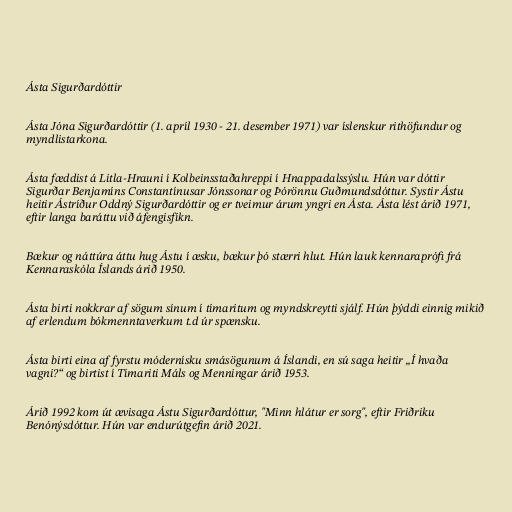
Ásta Sigurðardóttir

Ásta Jóna Sigurðardóttir (1. apríl 1930 - 21. desember 1971) var íslenskur rithöfundur og
myndlistarkona.

Ásta fæddist á Litla-Hrauni í Kolbeinsstaðahreppi í Hnappadalssýslu. Hún var dóttir
Sigurðar Benjamíns Constantínusar Jónssonar og Þórönnu Guðmundsdóttur. Systir Ástu
heitir Ástríður Oddný Sigurðardóttir og er tveimur árum yngri en Ásta. Ásta lést árið 1971,
eftir langa baráttu við áfengisfíkn.

Bækur og náttúra áttu hug Ástu í æsku, bækur þó stærri hlut. Hún lauk kennaraprófi frá
Kennaraskóla Íslands árið 1950.

Ásta birti nokkrar af sögum sínum í tímaritum og myndskreytti sjálf. Hún þýddi einnig mikið
af erlendum bókmenntaverkum t.d úr spænsku.

Ásta birti eina af fyrstu módernísku smásögunum á Íslandi, en sú saga heitir „Í hvaða
vagni?“ og birtist í Tímariti Máls og Menningar árið 1953.

Árið 1992 kom út ævisaga Ástu Sigurðardóttur, "Minn hlátur er sorg", eftir Friðriku
Benónýsdóttur. Hún var endurútgefin árið 2021.